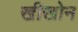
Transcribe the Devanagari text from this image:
खीखोन